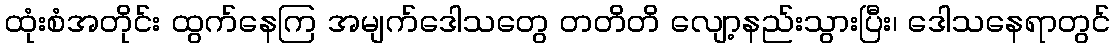
ထုံးစံအတိုင်း ထွက်နေကြ အမျက်ဒေါသတွေ တတိတိ လျော့နည်းသွားပြီး၊ ဒေါသနေရာတွင်